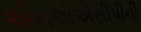
એનએએસીપીની